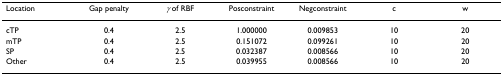
| Location | Gap penalty | γ of RBF | Posconstraint | Negconstraint | c | w |
 | --- | --- | --- | --- | --- | --- | --- |
 | cTP | 0.4 | 2.5 | 1.000000 | 0.009853 | 10 | 20 |
 | mTP | 0.4 | 2.5 | 0.151072 | 0.099261 | 10 | 20 |
 | SP | 0.4 | 2.5 | 0.032387 | 0.008566 | 10 | 20 |
 | Other | 0.4 | 2.5 | 0.039955 | 0.008566 | 10 | 20 |